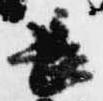
長